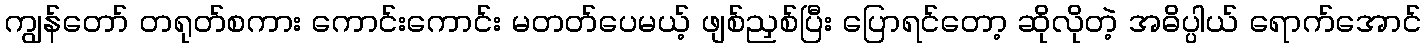
ကျွန်တော် တရုတ်စကား ကောင်းကောင်း မတတ်ပေမယ့် ဖျစ်ညှစ်ပြီး ပြောရင်တော့ ဆိုလိုတဲ့ အဓိပ္ပါယ် ရောက်အောင်